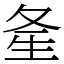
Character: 㚅